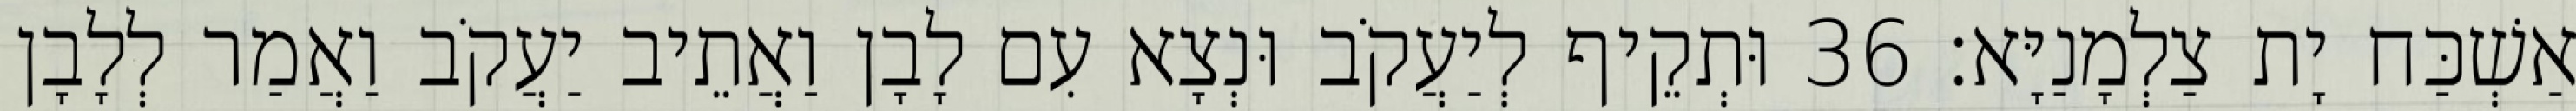
אַשְׁכַּח יָת צַלְמָנַיָּא׃ 36 וּתְקֵיף לְיַעֲקֹב וּנְצָא עִם לָבָן וַאֲתֵיב יַעֲקֹב וַאֲמַר לְלָבָן